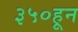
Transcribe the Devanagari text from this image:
३५०हून